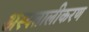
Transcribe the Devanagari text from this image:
अस्पतालीकरण